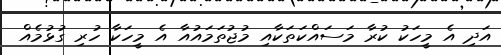
އަދި އެ މީހަކު ކުރާ މަސައްކަތަކާއި މުޖުތަމައުއާ އެ މީހަކާ ހުރި ގުޅުމެއް